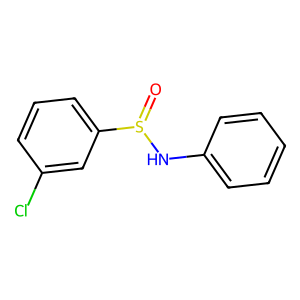
SMILES: O=S(Nc1ccccc1)c1cccc(Cl)c1
Inhibits HIV replication: No